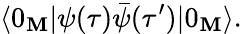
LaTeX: \langle0_{\mathbf{M}}|\psi(\tau)\bar{{\psi}}(\tau^{\prime})|0_{\mathbf{M}}\rangle.